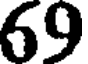
69